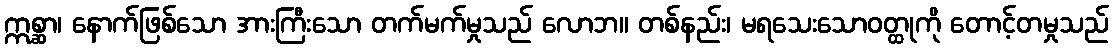
ဣစ္ဆာ၊ နောက်ဖြစ်သော အားကြီးသော တက်မက်မှုသည် လောဘ။ တစ်နည်း၊ မရသေးသောဝတ္ထုကို တောင့်တမှုသည်